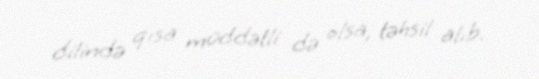
dilində qısa müddətli də olsa, təhsil alıb.